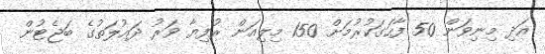
އަދި މިނިވަން 50 ފާހަގަކުރުމަށް 150 މިލިއަން ރުފިޔާ ވަރު ދައުލަތުގެ ބަޖެޓުން